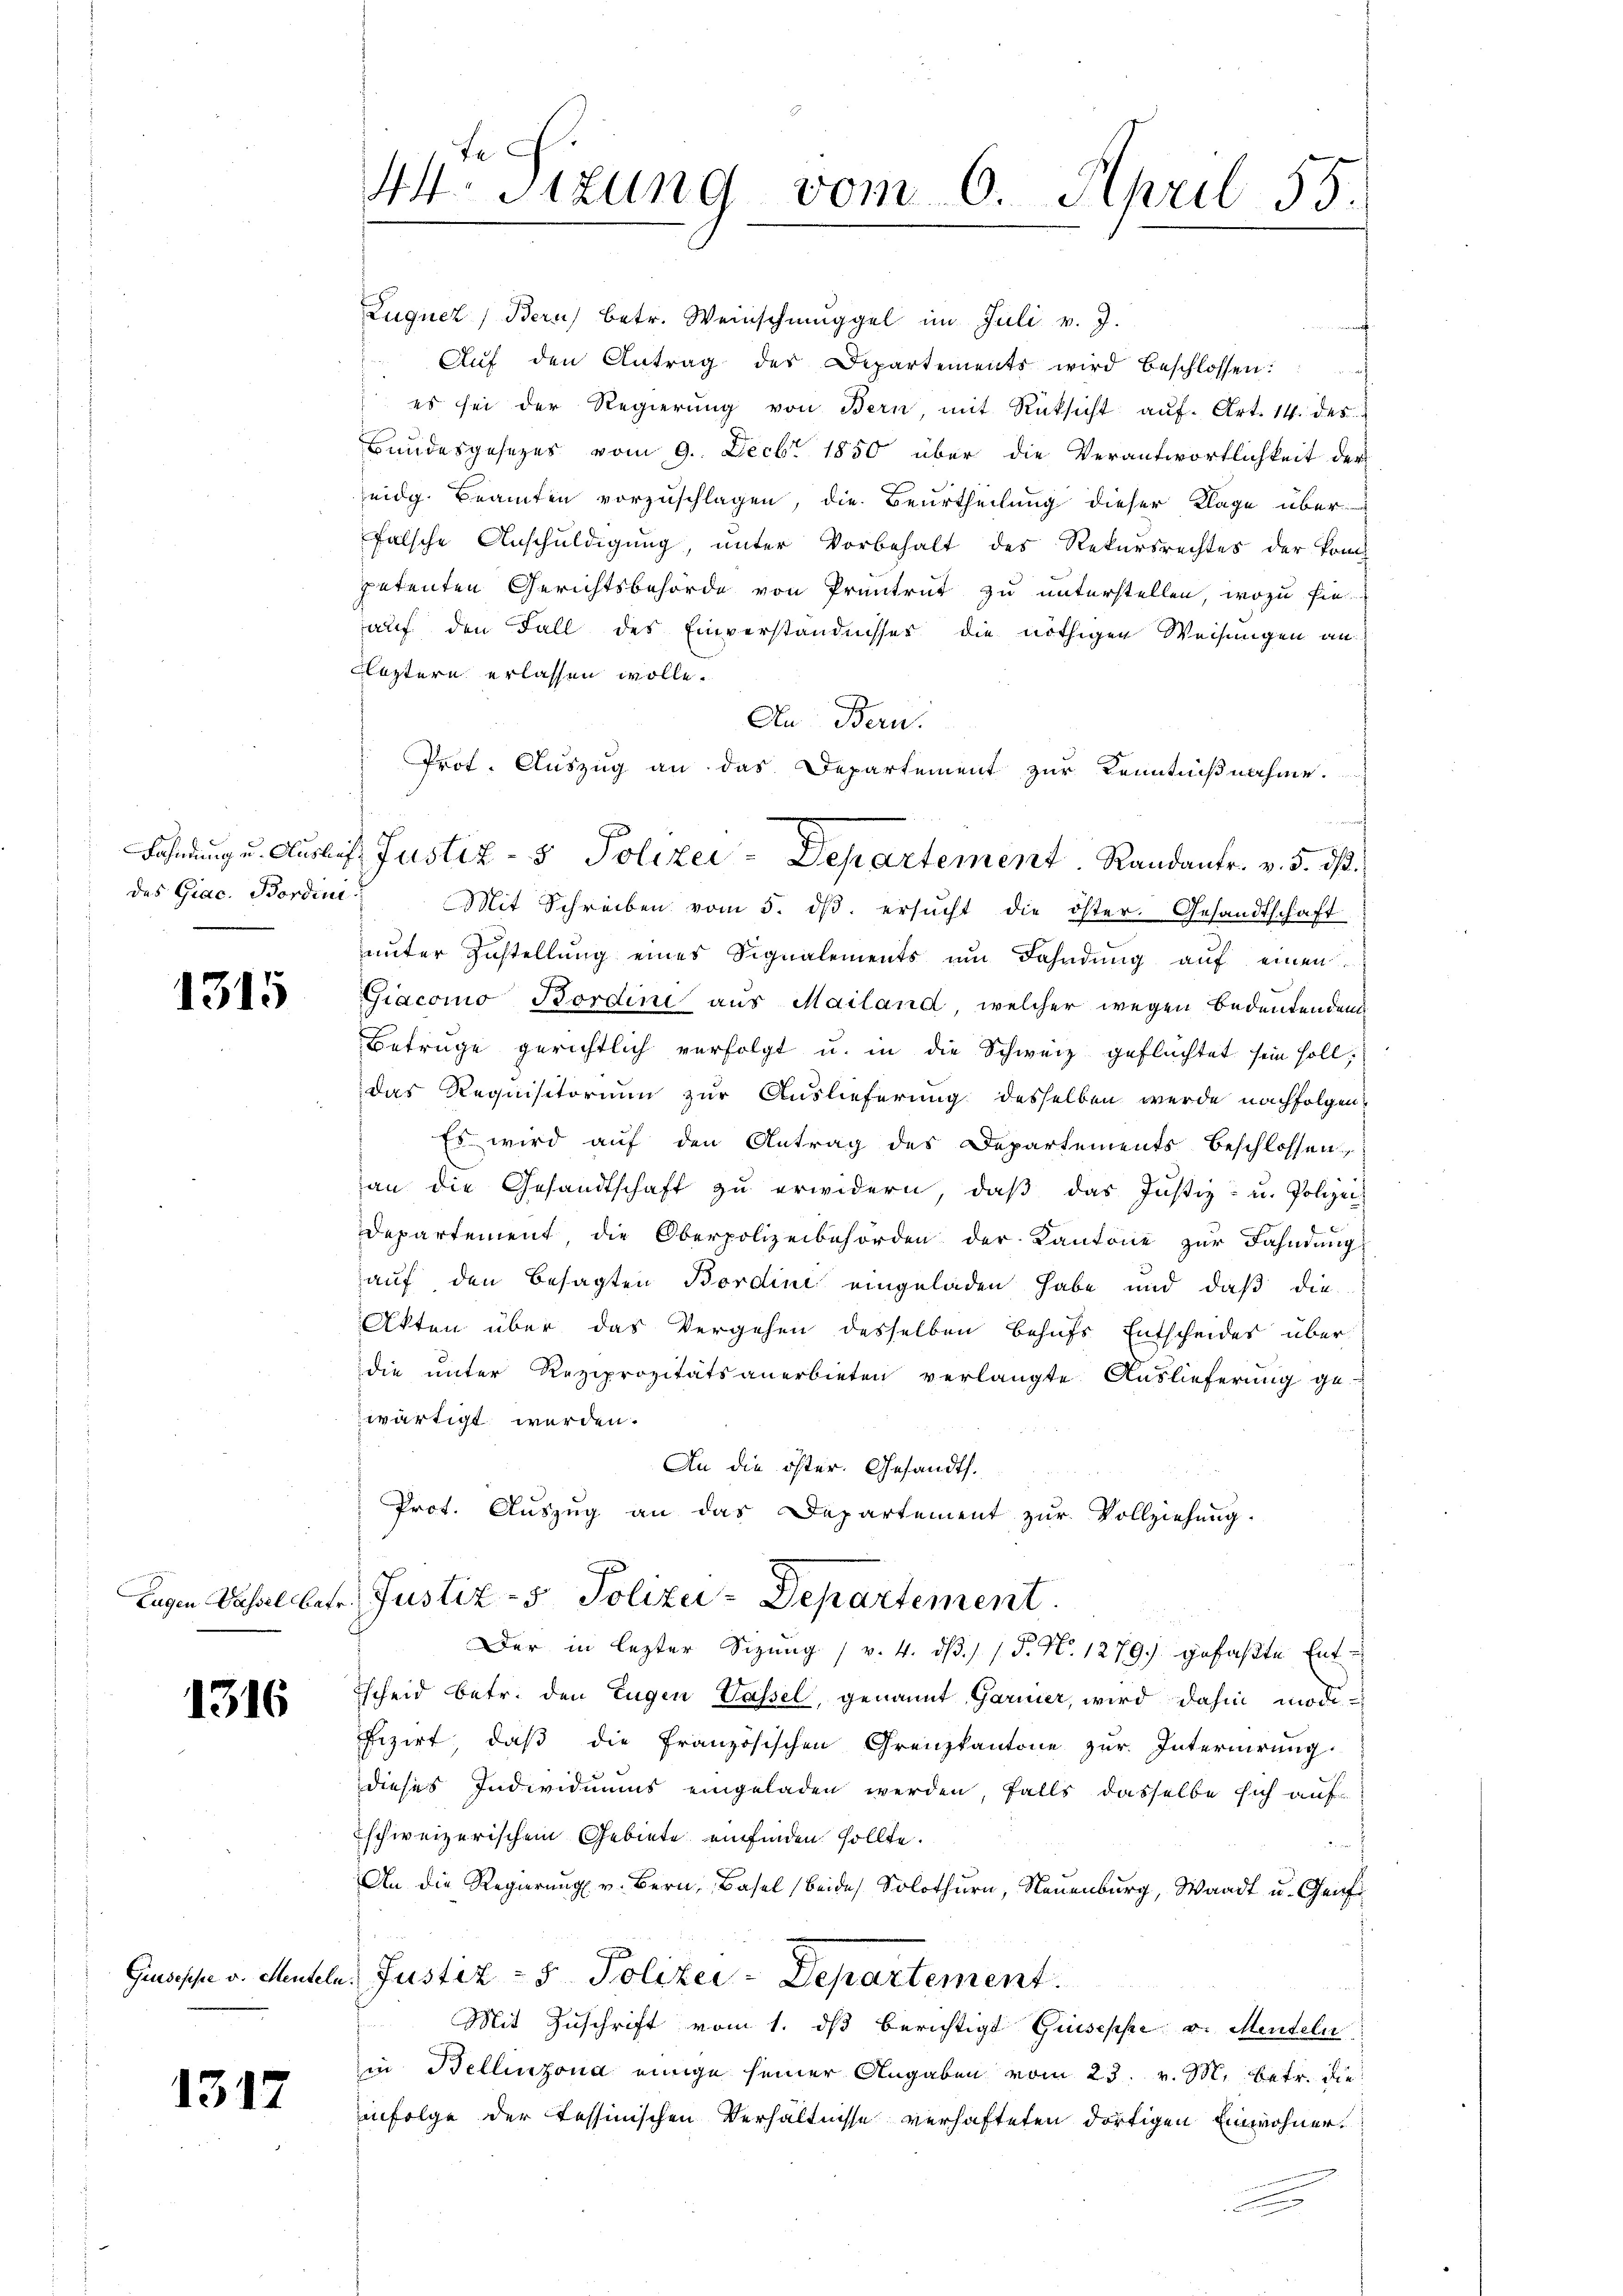
des Giac. Bordini

1315

1316

1317

Luquer (Bern) betr. Weinschmuggel im Juli v. J.
Aŭf den Antrag des Departements wird beschlossen:
 es sei der Regierŭng von Bern, mit Rücksicht aŭf Art. 14. des
Bundesgesezes vom 9. Decbr. 1850 über die Verantwortlichkeit der
eidg. Beamten vorzuschlagen, die Beurtheilung dieser Klage über
falsche Anschuldigung, unter Vorbehalt des Rekursrechtes der kom
petenten Gerichtsbehörde von Pruntrut zu unterstellen, wozu sie
auf den Fall des Einverständnisses die nöthigen Weisungen an.
Fleztern erlassen wolle.
An Bern.
Prot. Auszug an das Departement zur Kenntnißnahme.
der der
Mit Schreiben vom 5. dβ. ersŭcht die öster. Gesandtschaft
unter Zustellung eines Signalements im Fahndung auf einen
Giacomo Bordine aus Mailand, welcher wegen Bedeutenden
Betrüge gerichtlich verfolgt u. in die Schweiz geflüchtet sein soll,
das Requisitorium zur Auslieferung desselben werde nachfolgen
Es wird auf den Antrag des Departements beschlossen,
han die Gesandtschaft zu erwidern, daβ das Justiz- u. Polizei-
Departement die Oberpolizeibehörden der Kantone zur Fahndung
auf den besagten Bordini eingeladen habe und daß die
Akten über das Vergehen desselben behufs Entscheides über
die unter Reziprozitätsanerbieten verlangte Auslieferung ge-
wärtigt werden.
An die öster. Gesandts.
Prot. Auszug an das Departement zur Vollziehung.
Lagen Wassel betr. Justiz- & Polizei-Departement
Der in lezter Sizung (v. 4. ds. / / 5. No. 1279) gefaßte Entscheid betr. den Eugen Wassel, genannt Garmer, wird dahin modi-
fizirt, daß die Französischen Grenzkantone zur Internirung
dieses Individuums eingeladen werden, falls dasselbe sich auf
schweizerischem Gebiete einfinden sollte.
An die Regierung v. Bern, Basel beides Solothurn, Neuenburg, Waadt u. Genf
Gisische v. Mühle, Justiz - 5. Polizei-Departement.
Mit Zuschrift vom 1. dβ berichtigt Giuseppe v. Menteln
in Bellinzona einige seiner Angaben vom 23. v. M. betr. die
infolge der Tessinischen Verhältnisse verhafteten dortigen Einwohner.
.

44. Sizung vom 6. April 55.

Fohnung u. Auslief Justiz- & Polizei - Departement. Randantr. v. 5. ds.